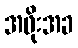
အဖိုးအခ